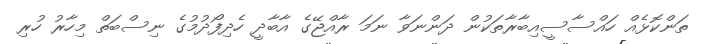
ތަންކޮޅެއް ހައްސާސީއިބާރާތަކުން ދަންނަވާ ނަމަ ރާއްޖޭގެ އާބާދީ ހެދިފޯދުމުގެ ނިސްބަތް މިހާރު ހުރި